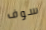
سوف